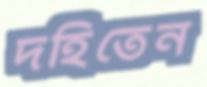
দহিতেন